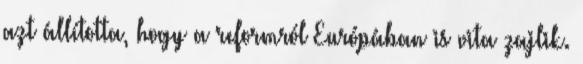
azt állította, hogy a reformról Európában is vita zajlik.